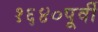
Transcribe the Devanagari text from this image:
१६४०पूर्वी